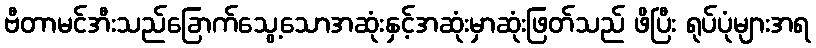
ဗီတာမင်အီးသည်ခြောက်သွေ့သောအဆုံးနှင့်အဆုံးမှာဆုံးဖြတ်သည် ဖိပြီး ရုပ်ပုံများအရ